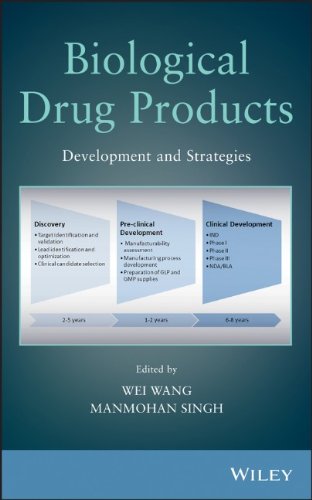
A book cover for Biological Drug Products: Development and Strategies; Medical Books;